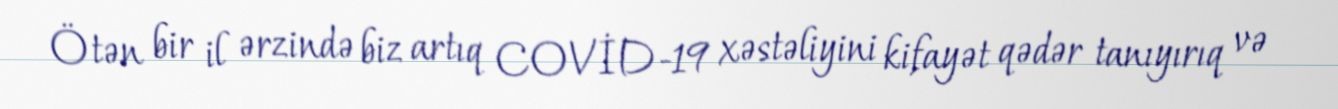
Ötən bir il ərzində biz artıq COVİD-19 xəstəliyini kifayət qədər tanıyırıq və